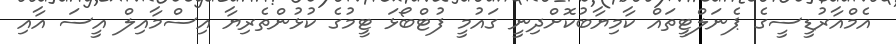
އެމްއާރުޑީސީގެ ޕެނަލްޓީތައް ކާމިޔާބުކޮށްދިނީ ގައުމީ ފުޓްބޯޅަ ޓީމުގެ ކުޅުންތެރިޔާ އިސްމާއިލް އީސަ އާއި